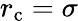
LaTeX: r_{\mathrm{c}}=\sigma